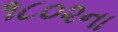
૧૮૦૨ના